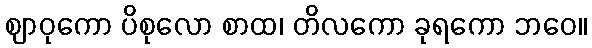
ဈာဝုကော ပိစုလော စာထ၊ တိလကော ခုရကော ဘဝေ။